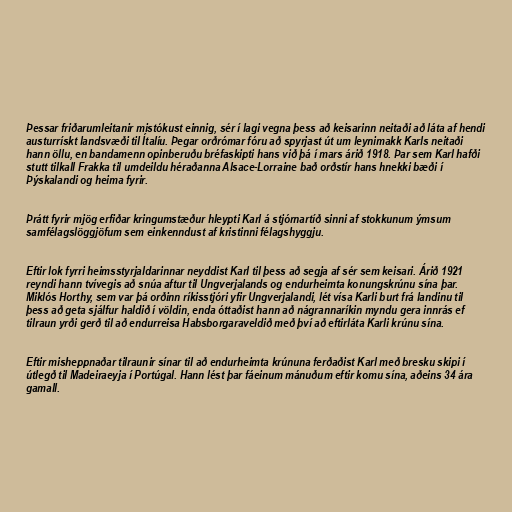
Þessar friðarumleitanir mistókust einnig, sér í lagi vegna þess að keisarinn neitaði að láta af hendi
austurrískt landsvæði til Ítalíu. Þegar orðrómar fóru að spyrjast út um leynimakk Karls neitaði
hann öllu, en bandamenn opinberuðu bréfaskipti hans við þá í mars árið 1918. Þar sem Karl hafði
stutt tilkall Frakka til umdeildu héraðanna Alsace-Lorraine bað orðstír hans hnekki bæði í
Þýskalandi og heima fyrir.

Þrátt fyrir mjög erfiðar kringumstæður hleypti Karl á stjórnartíð sinni af stokkunum ýmsum
samfélagslöggjöfum sem einkenndust af kristinni félagshyggju.

Eftir lok fyrri heimsstyrjaldarinnar neyddist Karl til þess að segja af sér sem keisari. Árið 1921
reyndi hann tvívegis að snúa aftur til Ungverjalands og endurheimta konungskrúnu sína þar.
Miklós Horthy, sem var þá orðinn ríkisstjóri yfir Ungverjalandi, lét vísa Karli burt frá landinu til
þess að geta sjálfur haldið í völdin, enda óttaðist hann að nágrannaríkin myndu gera innrás ef
tilraun yrði gerð til að endurreisa Habsborgaraveldið með því að eftirláta Karli krúnu sína.

Eftir misheppnaðar tilraunir sínar til að endurheimta krúnuna ferðaðist Karl með bresku skipi í
útlegð til Madeiraeyja í Portúgal. Hann lést þar fáeinum mánuðum eftir komu sína, aðeins 34 ára
gamall.